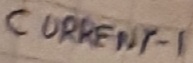
Text: CURRENT-1